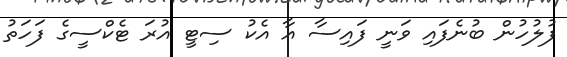
ފުލުހުން ބުނެފައި ވަނީ ފައިސާ އާ އެކު ސިޓީ އުރަ ޓެކްސީގެ ފަހަތު